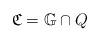
LaTeX: \begin{align*}\mathfrak{C} = \mathbb{G} \cap Q\end{align*}